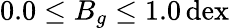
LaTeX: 0.0\leq B_{g}\leq 1.0\, \mathrm{dex}